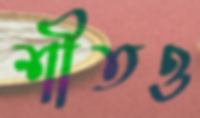
শীতও